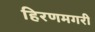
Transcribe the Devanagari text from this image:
हिरणमगरी